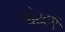
ગોઢાણા